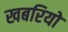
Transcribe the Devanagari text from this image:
खबरियो